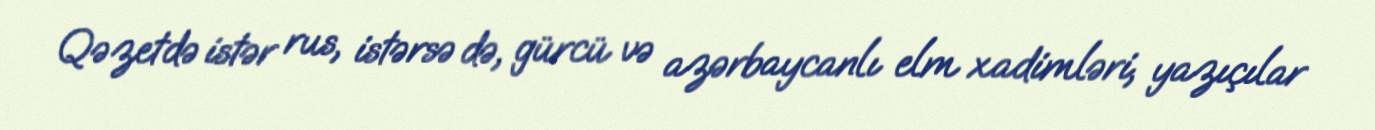
Qəzetdə istər rus, istərsə də, gürcü və azərbaycanlı elm xadimləri, yazıçılar